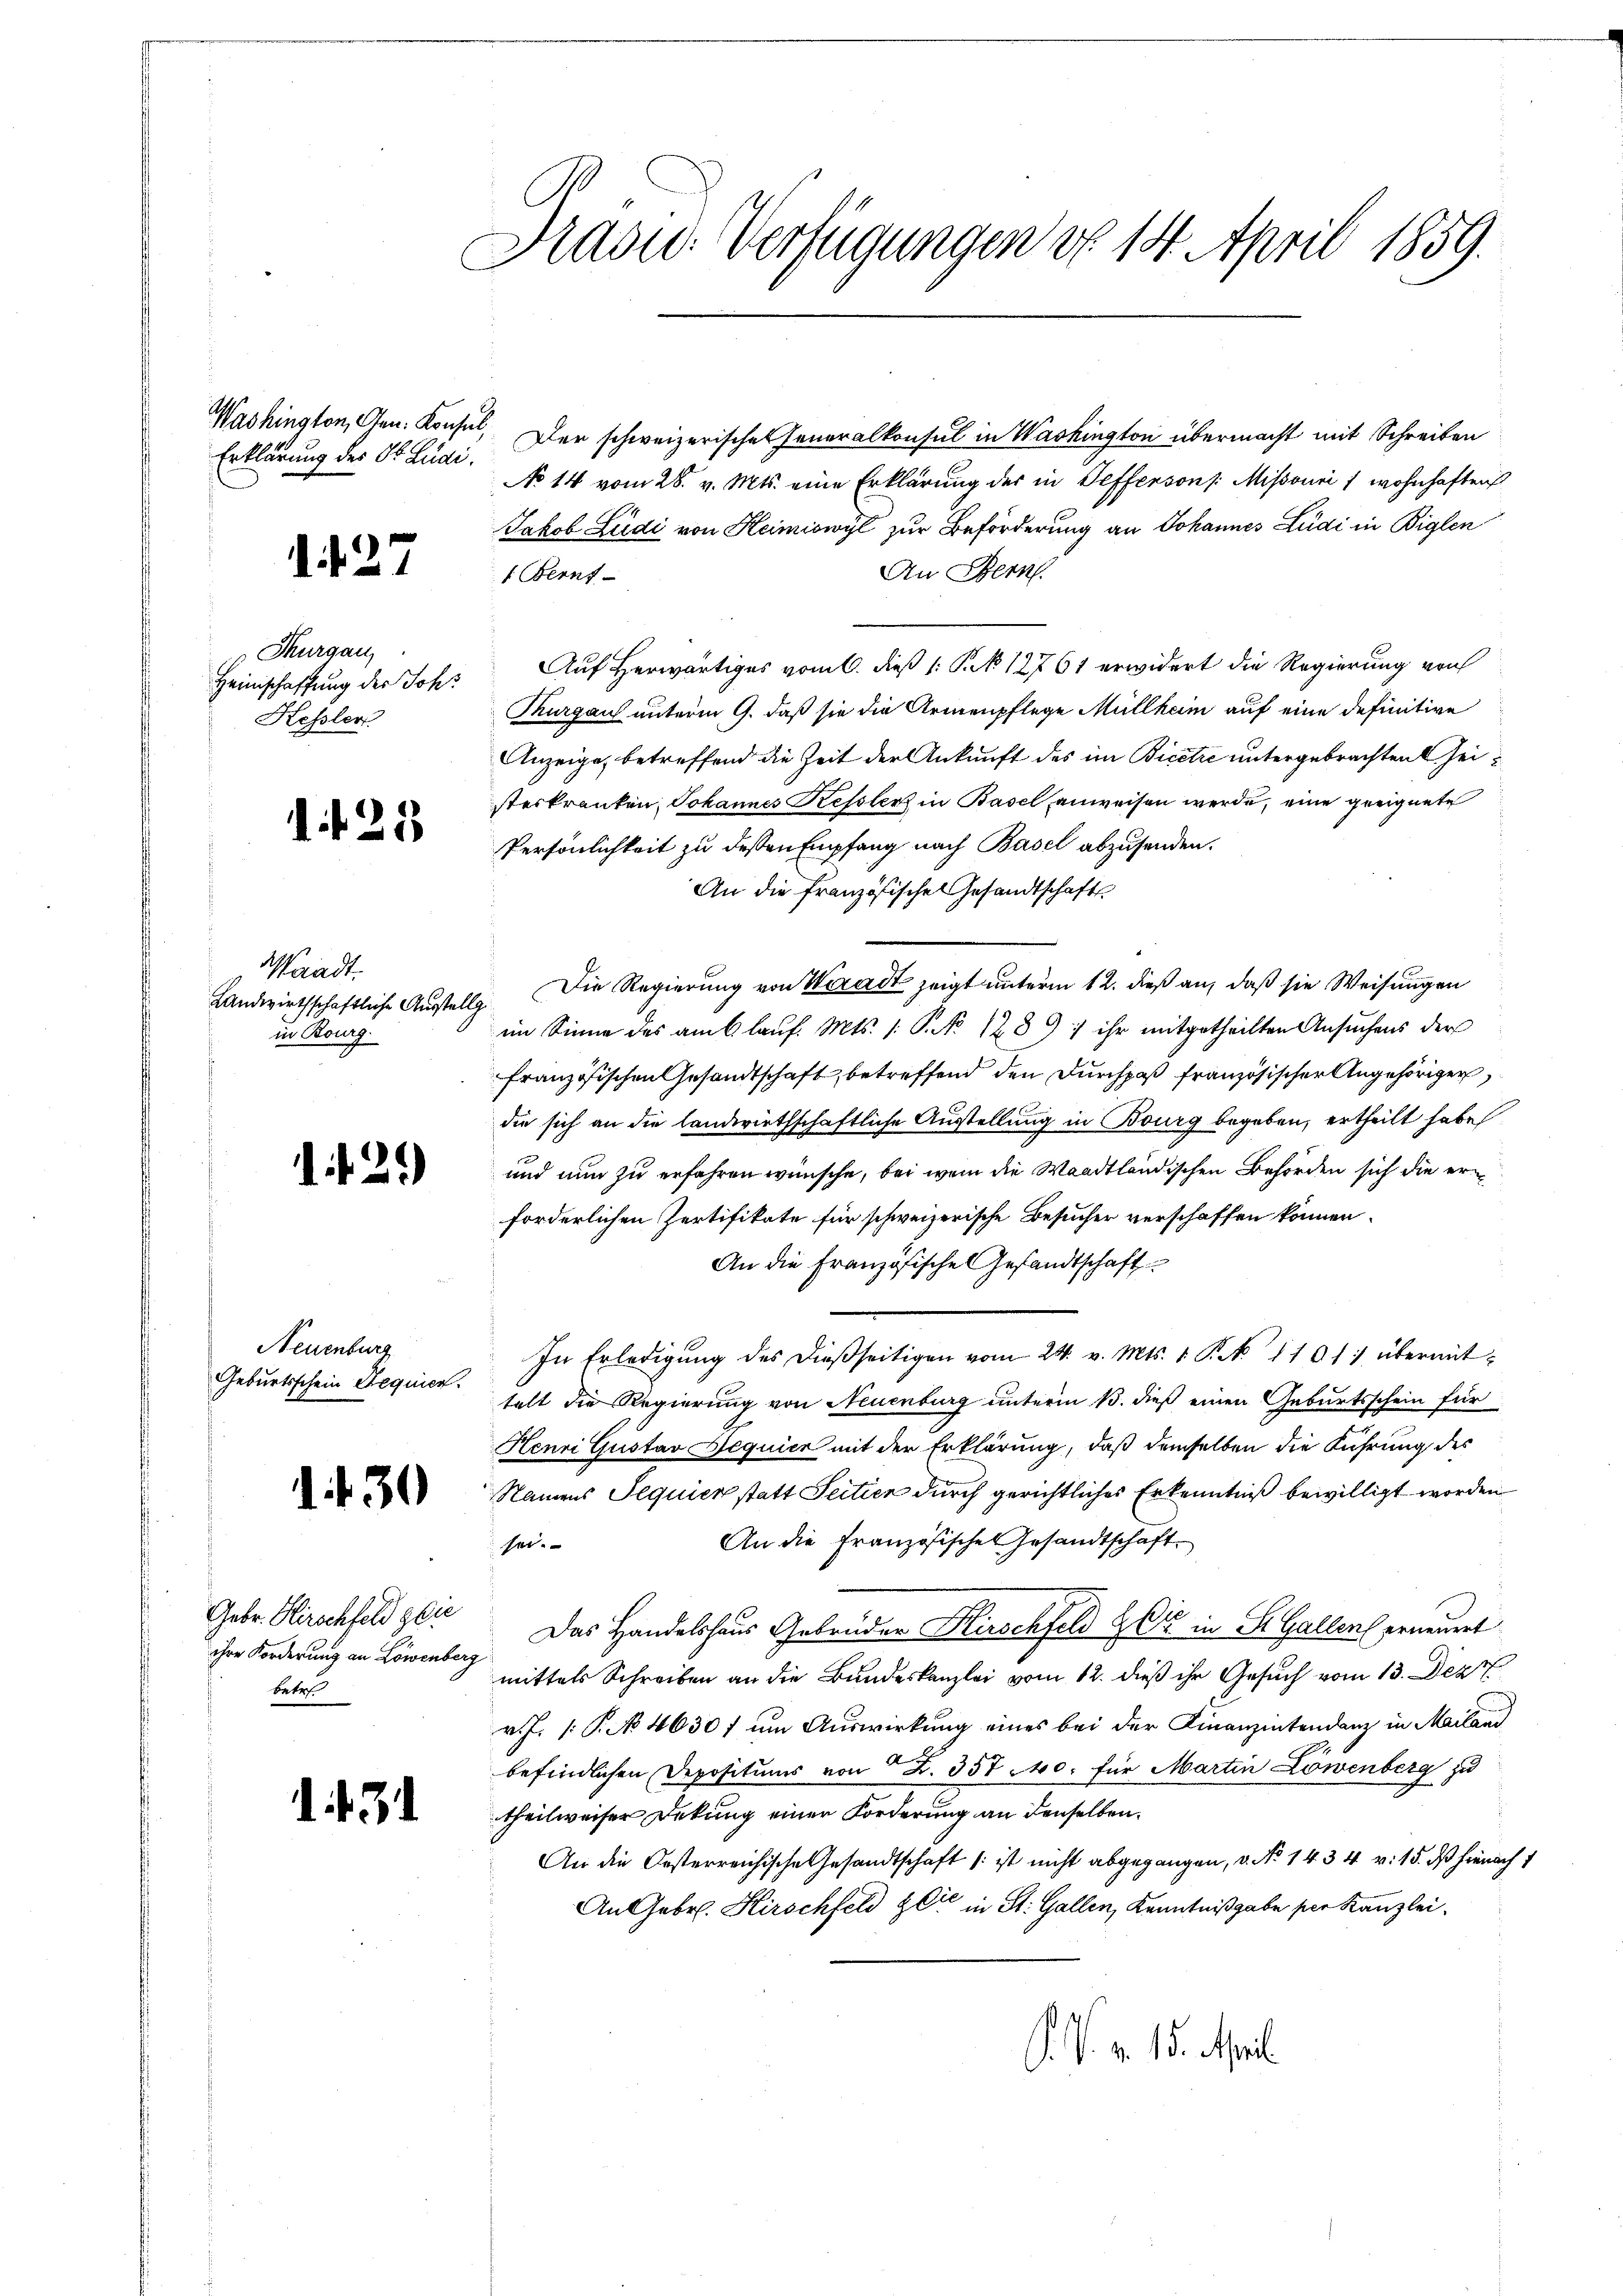
Erklärung der St. Zudi.

127

Thurgau
Heimschaffung des Johs
Kessler

1 f 21

Waadt.
Landwirthschaftliche Austellg
in Bourg.

1425)

Neuenburg
Geburtsschein Requier

f. 30

Gebr. Hirschfeld gie
ihre Forderung an Löwenberg
betre

1. 431

Präsid. Verfügungen d. 14. April 1859.

Washington, Cten. Konsul, Der schweizerisches Generalkonsul in Washington übermacht mit Schreiben
No 14 vom 28. v. Mts. eine Erklärung der in Defferson /: Missouri / wohnhaften
Jakob Ludi von Heimiswyl zur Beförderung an Johannes Ludi in Biglen
An Bern.
1. Beruf
Auf Herwärtiges vom 6. dieß 1: P. k 12761 erwidert die Regierung von
Thurgau unterm 9. daß sie die Armenpflege Müllham auf eine definitive
Anzeige, betreffend die Zeit der Ankunft des im Bicere untergebrachten eisteskranken, Johannes Kesslerz in Basel anweisen werde, eine geeignete
Persönlichkeit zu dessen Empfang nach Basel abzusenden.
An die französischen Gesandtschaft
Die Regierung von Waadt zeigt unterm 12. dieß an, daß sie Weisungen
im Sinne des am 6 lauf. Mts. /: P. No 1289) ihr mitgetheilten Ansuchens der
französischen Gesandtschaft, betreffend den Durchpaß französischer Angehöriger
die sich an die landwirthschaftliche Ausstellung in Bourg begeben, ertheilt habe
und nun zu erfahren wünsche, bei wenn die Waadtländischen Behörden sich die erforderlichen Zertifikate für schweizerische Besucher verschaffen können.
An die Französische Gesandtschaft
In Erledigŭng des dießseitigen vom 24. v. Mts. 1. P. N. 1101: übermittelt die Regierung von Neuenburg unterm 13. dieß einen Geburtsschein für
Henri Gustav Dequier mit der Erklärung, daß demselben die Führung des
Namens Sequier statt Seiten durch gerichtliches Erkenntniß bewilligt worden
An die Französischen Gesandtschaft
sei.
Das Handelshaus Gebrüder Kirschfeld & Cie in St. Gallen erneuert
mittels Schreiben an die Bundeskanzlei vom 12. dieß ihr Gesuch vom 13. Dez
v. J. 1. P. No 4630f um Auswirkung eines bei der Finanzintendanz in Mailand
befindlichen Depositums von Z. 357 40. für Martin Löwenberg zu
theilweiser Deckung einer Forderung an denselben
An die Oesterreichische Gesandtschaft ist nicht abgegangen, v. No 1434 v. 15. ds hienach 1
An Gebr. Hirschfeld der in St. Gallen, Kenntnißgabe per Kanzlei.
. N. v. 15. April